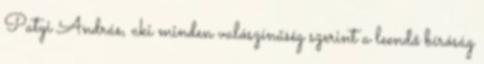
Patyi András, aki minden valószínűség szerint a leendő bíróság